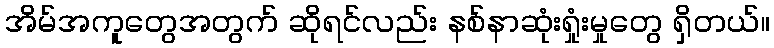
အိမ်အကူတွေအတွက် ဆိုရင်လည်း နစ်နာဆုံးရှုံးမှုတွေ ရှိတယ်။